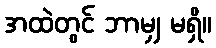
အထဲတွင် ဘာမျှ မရှိ။